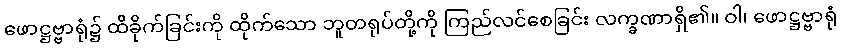
ဖောဋ္ဌဗ္ဗာရုံ၌ ထိခိုက်ခြင်းကို ထိုက်သော ဘူတရုပ်တို့ကို ကြည်လင်စေခြင်း လက္ခဏာရှိ၏။ ဝါ၊ ဖောဋ္ဌဗ္ဗာရုံ